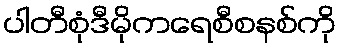
ပါတီစုံဒီမိုကရေစီစနစ်ကို